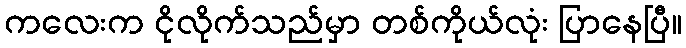
ကလေးက ငိုလိုက်သည်မှာ တစ်ကိုယ်လုံး ပြာနေပြီ။